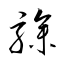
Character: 驂